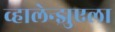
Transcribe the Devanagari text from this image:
व्हालेन्झुएला